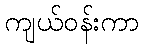
ကျယ်ဝန်းကာ